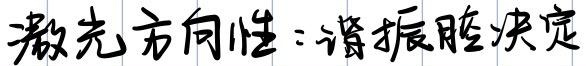
激光方向性：谐振腔决定